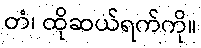
တံ၊ ထိုဆယ်ရက်ကို။